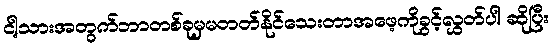
ငါ့သားအတွက်ဘာတစ်ခုမှမတတ်နိုင်သေးတာအဖေ့ကိုခွင့်လွှတ်ပါ ဆိုပြီး